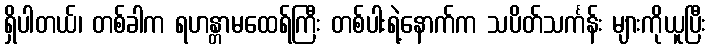
ရှိပါတယ်၊ တစ်ခါက ရဟန္တာမထေရ်ကြီး တစ်ပါးရဲ့နောက်က သပိတ်သင်္ကန်း များကိုယူပြီး